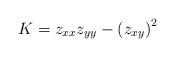
LaTeX: \begin{align*}K=z_{xx}z_{yy}-\left( z_{xy}\right) ^{2} \end{align*}